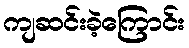
ကျဆင်းခဲ့ကြောင်း